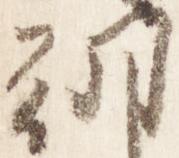
朝